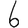
Digit: 6